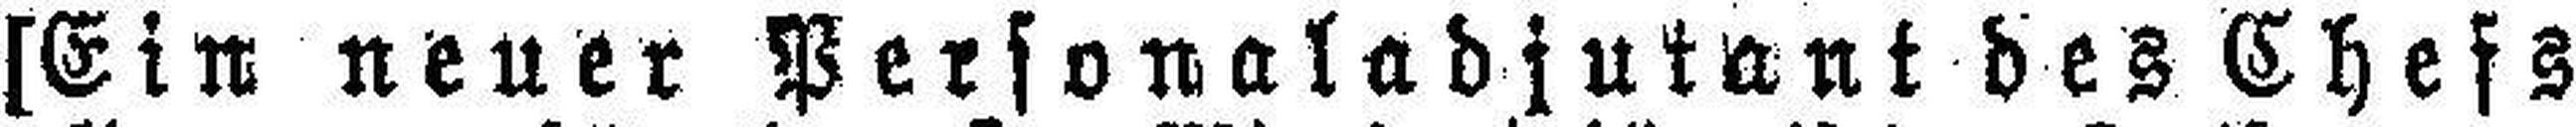
[Ein neuer Personaladjutant des Chefs